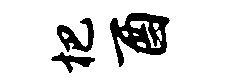
杷酉